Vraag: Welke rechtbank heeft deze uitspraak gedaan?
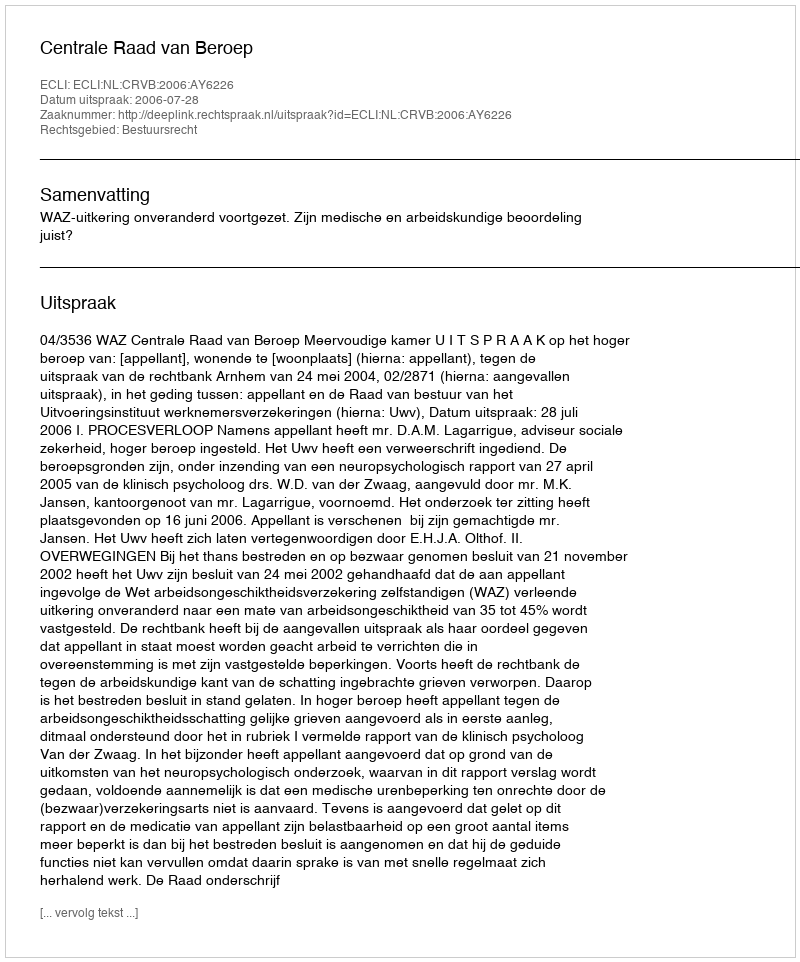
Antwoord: Centrale Raad van Beroep